Report of the Indian Hemp Drugs Commission, 1894-1895 - Volume VI
Year: 1894
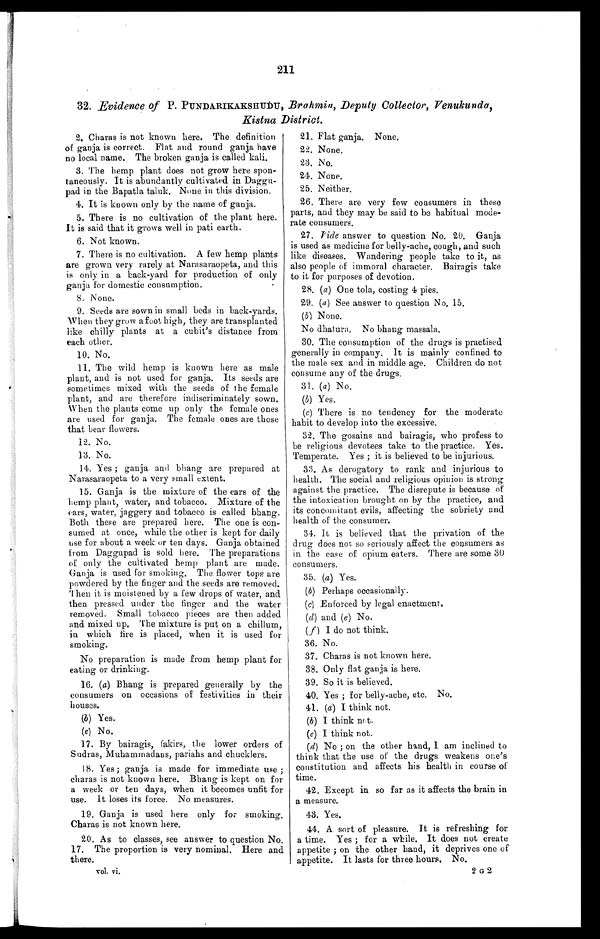
211
32. Evidence of P. PUNDARIKAKSHUDU, Brahmin, Deputy Collector, Venukunda,
Kistna District.
2. Charas is not known here. The definition
of ganja is correct.. Flat and round ganja have
no local name. The broken ganja is called kali.
3. The hemp plant does not grow here spon-
taneously. It is abundantly cultivated in
D a g g u - p a d i n t h e B a p a t l a t a l u k . N o n e i n t h i s d i v i s i o n .
4. It is known only by the name of ganja.
5. There is no cultivation of the plant here.
It is said that it grows well in pati earth.
6. Not known.
7. There is no cultivation. A few hemp plants
are grown very rarely at Narasaraopeta, and this
is only in a back-yard for production of only
ganja for domestic consumption.
8. None.
9. Seeds are sown in small beds in back-yards.
When they grow a foot high, they are transplanted
like chilly plants at a cubit's distance from
each other.
10. No
.
11. The wild hemp is known here as male
plant, and is not used for ganja. Its seeds are
sometimes mixed with the seeds of the female
plant, and are therefore indiscriminately sown.
When the plants come up only the female ones
are used for ganja. The female ones are those
that bear flowers.
12. No.
13. No.
14. Yes; ganja and bhang are prepared at
Narasaraopeta to a very small extent.
15. Ganja is the mixture of the ears of the
hemp plant, water, and tobacco. Mixture of the
ears, water, jaggery and tobacco is called bhang.
Both these are prepared here. The one is Con-
sumed at once, while the other is kept for daily
use for about a week or ten days. G a nja obtained
from Daggupad is sold here. The preparations
of only the cultivated hemp plant are made.
Ganja is used for smoking. The flower tops are
powdered by the finger and the seeds are removed.
Then it is moistened by a few drops of water, and
then pressed under the finger and the water
removed. Small tobacco pieces are then added
and mixed up. The mixture is put on a chillum,
in which fire is placed, when it is used for
smoking.
No preparation is made from hemp plant for
eating or drinking.
16. (a) Bhang is prepared generally by the
consumers on occasions of festivities in their
houses.
(b) Yes.
(c) No.
17. By bairagis, fakirs, the lower orders of
Sudras, Muhammadans, pariahs and chucklers.
18. Yes; ganja is made for immediate use;
charas is not known here. Bhang is kept on for
a week or ten days, when it becomes unfit for
use. It loses its force. No measures.
19. Ganja is used here only for smoking.
Charas is not known here.
20. As to classes, see answer to question No.
17. The proportion is very nominal. Here and
there.
vol. vi.
21. Flat ganja. None.
22. None,
23. No.
24. None.
25. Neither.
26. There are very few consumers in these
parts, and they may be said to be habitual mode-
rate consumers.
27. Vide answer to question No. 20. Ganja
is used as medicine for belly-ache, cough, and such
like diseases. Wandering people take to it, as
also people of immoral character. Bairagis take
to it for purposes of devotion.
28. (a) One tola, costing 4 pies.
29. (a) See answer to question No. 15.
(b) None.
No dhatura. No bhang massala.
30. The consumption of the drugs is practised
generally in company. It is mainly confined to
the male sex and in middle age. Children do not
consume any of the drugs.
31. (a) No.
(b) Yes.
(c) There is no tendency for the moderate
habit to develop into the excessive.
32. The gosains and bairagis, who profess to
be religious devotees take to the practice. Yes.
Temperate. Yes; it is believed to be injurious.
33. As derogatory to rank and injurious to
health. The social and religious opinion is strong
against the practice. The disrepute is because of
the intoxication brought on by the practice, and
its concomitant evils, affecting the sobriety and
health of the consumer.
34. It is believed that the privation of the
drug does not so seriously affect the consumers as
in the case of opium eaters. There are some 30
consumers.
35. (a) Yes.
(b) Perhaps occasionally.
(c) Enforced by legal enactment.
(d) and (e) No.
(f) I do not think.
36. No.
37. Chagas is not known here.
38. Only flat ganja is here.
39. So it is believed.
40. Yes; for belly-ache, etc. No.
41. (a) I think not.
(b) I think not.
(c) I think not.
(d) No; on the other hand, I am inclined to
think that the use of the drugs weakens one's
constitution and affects his health in course of
time.
42. Except in so far as it affects the brain in
a measure.
43. Yes.
44. A sort of pleasure. It is refreshing for
a time. Yes; for a while. It does not create
appetite; on the other hand, it deprives one of
appetite. It lasts for three hours. No.
2 G 2